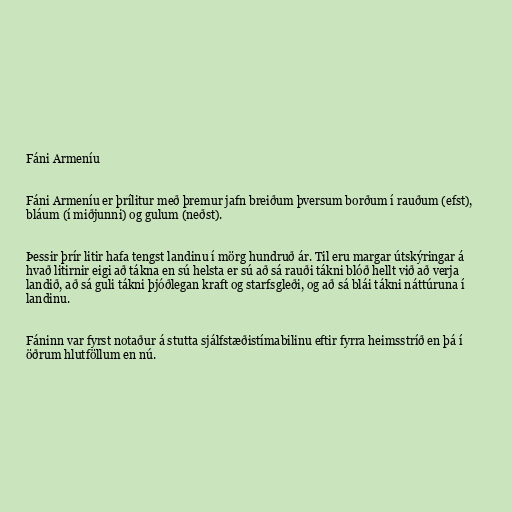
Fáni Armeníu

Fáni Armeníu er þrílitur með þremur jafn breiðum þversum borðum í rauðum (efst),
bláum (í miðjunni) og gulum (neðst).

Þessir þrír litir hafa tengst landinu í mörg hundruð ár. Til eru margar útskýringar á
hvað litirnir eigi að tákna en sú helsta er sú að sá rauði tákni blóð hellt við að verja
landið, að sá guli tákni þjóðlegan kraft og starfsgleði, og að sá blái tákni náttúruna í
landinu.

Fáninn var fyrst notaður á stutta sjálfstæðistímabilinu eftir fyrra heimsstríð en þá í
öðrum hlutföllum en nú.